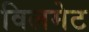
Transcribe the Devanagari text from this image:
विलमेट